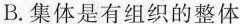
B.集体是有组织的整体